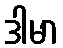
ဒါမာ